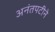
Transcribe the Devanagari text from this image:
अनंतपटीने